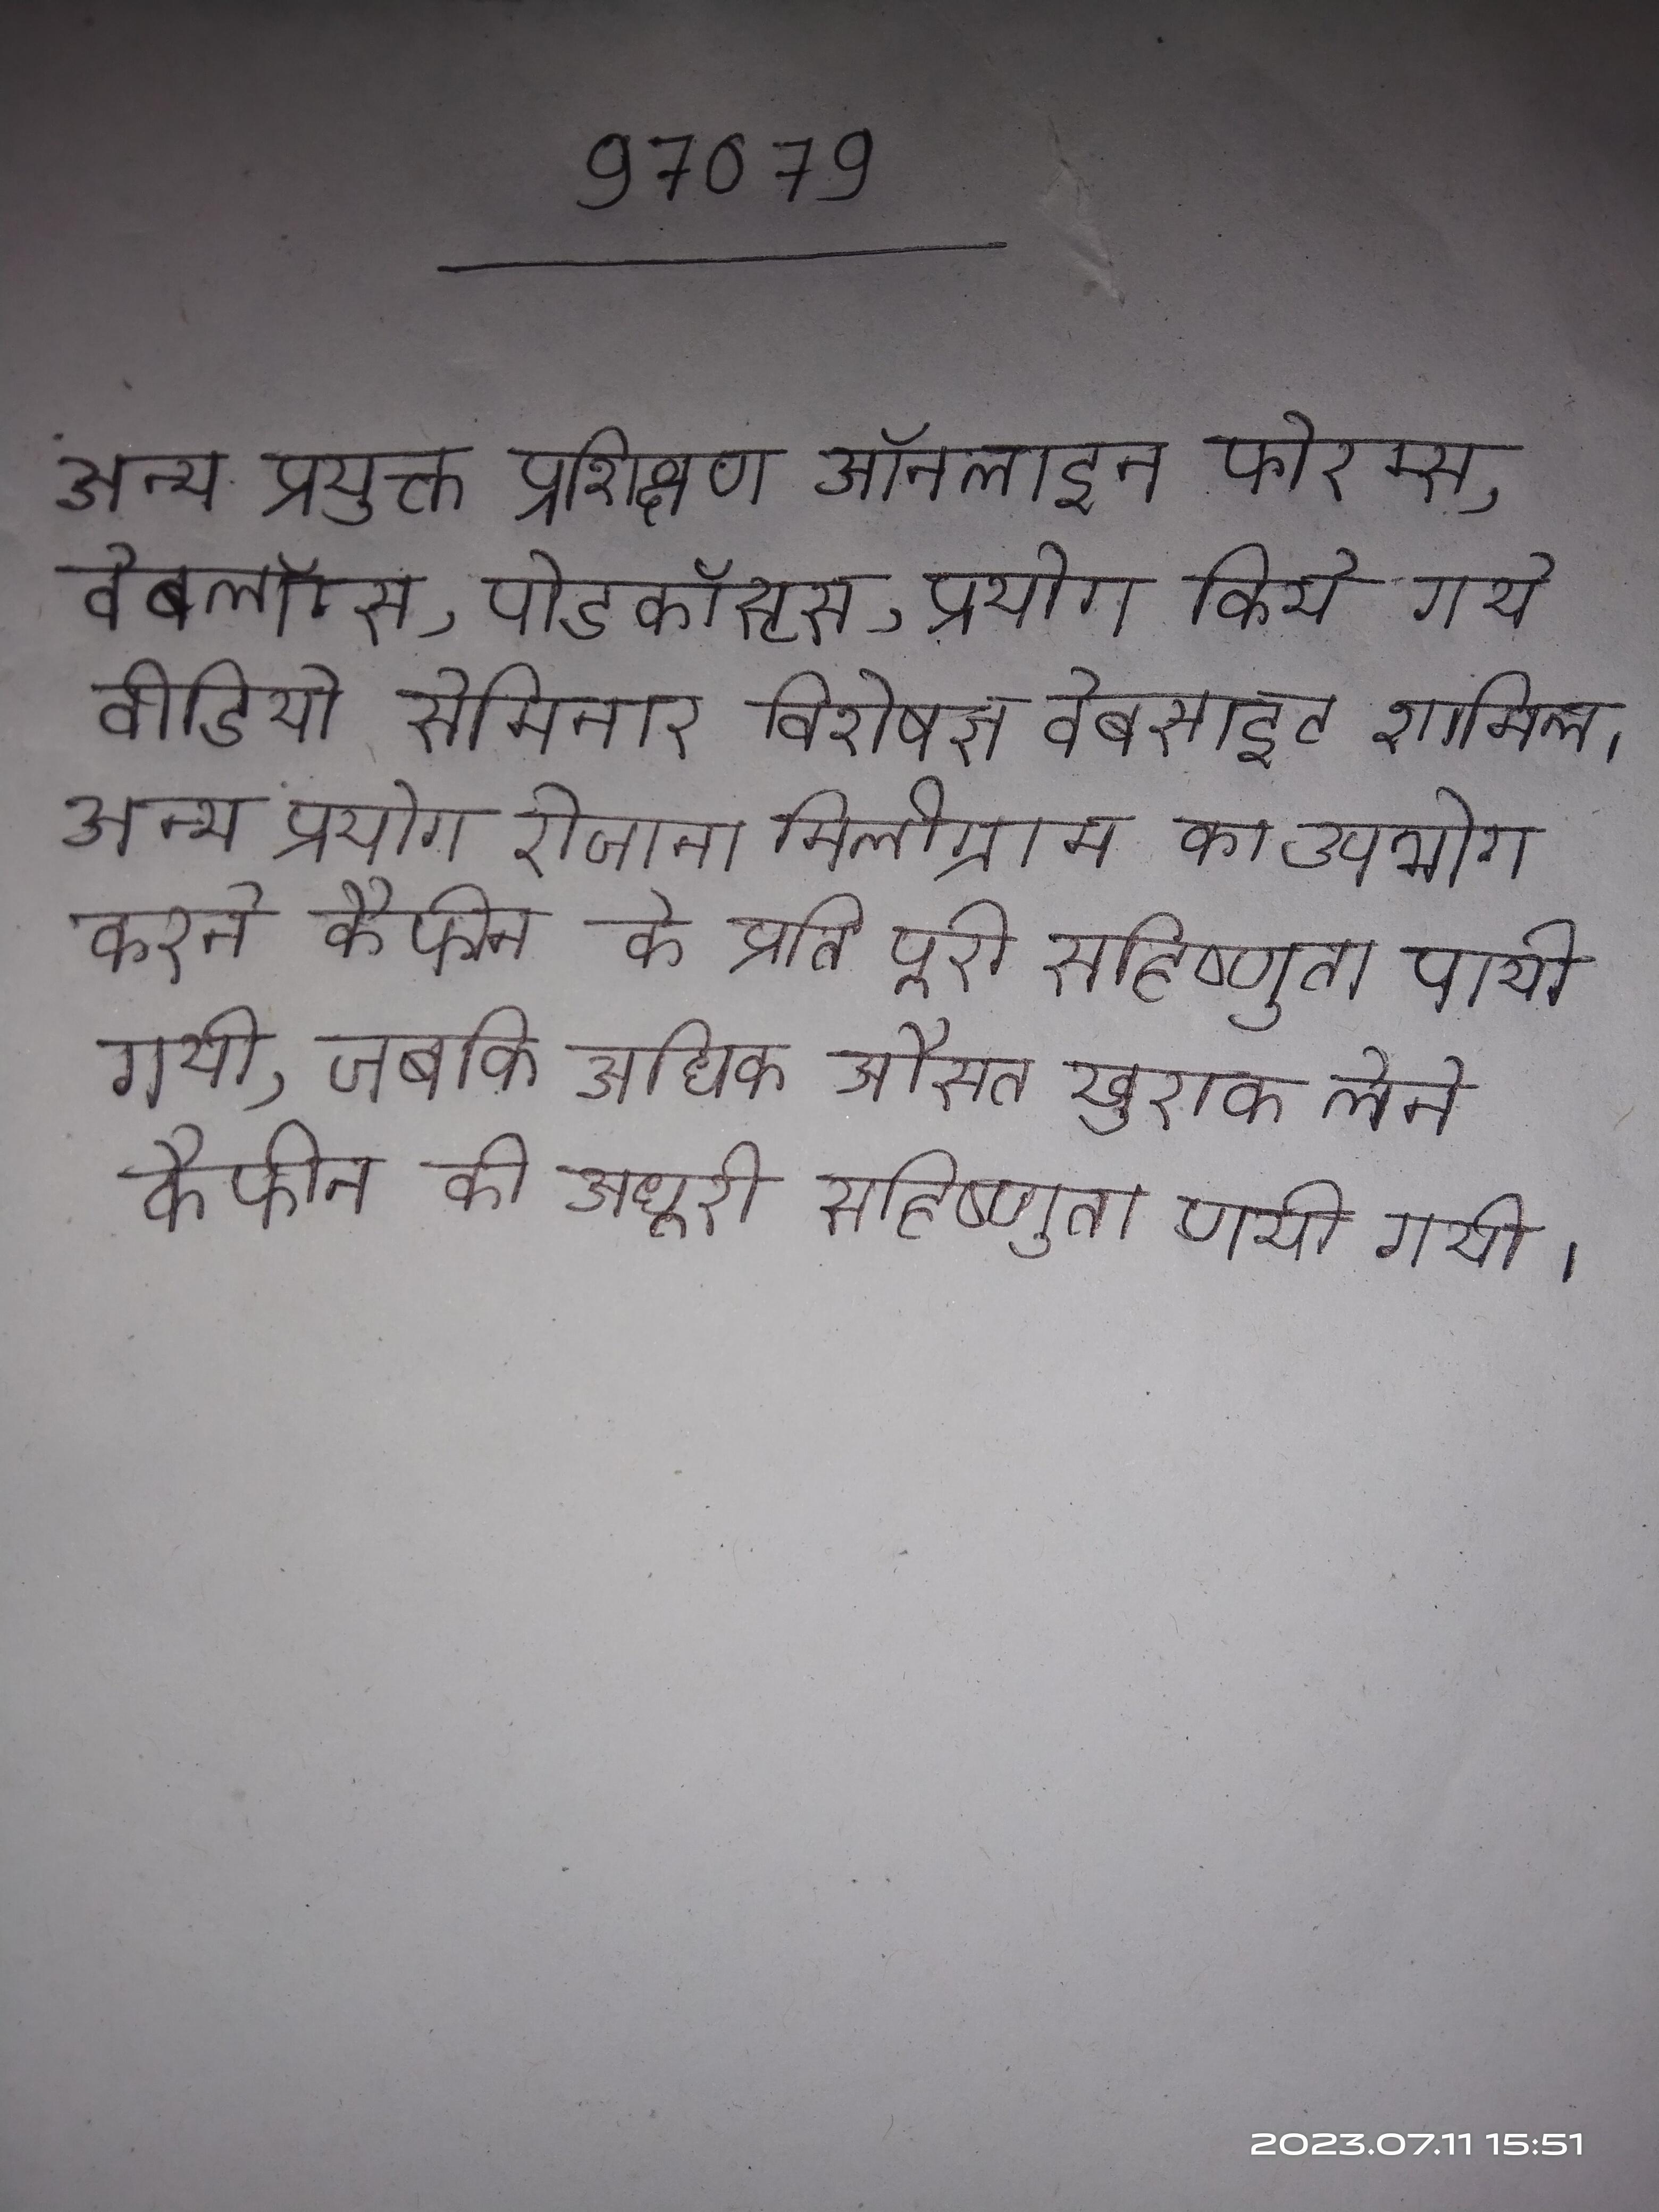
अन्य प्रयुक्त प्रशिक्षण ऑनलाइन फोरम्स, वेबलॉग्स, पोडकॉस्टस, प्रयोग किये गये वीडियो सेमिनार विशेषज्ञ वेबसाइट शामिल । अन्य प्रयोग रोजाना मिलीग्राम का उपभोग करने कैफीन के प्रति पूरी सहिष्णुता पायी गयी, जबकि अधिक औसत खुराक लेने कैफीन की अधूरी सहिष्णुता पायी गयी ।